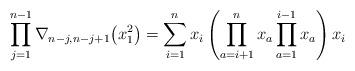
LaTeX: \begin{gather*}\prod_{j=1}^{n-1} \nabla_{n-j,n-j+1}\big(x_1^2\big)=\sum_{i=1}^{n}x_i \left( \prod_{a=i+1}^{n}x_a \prod_{a=1}^{i-1}x_a \right) x_i\end{gather*}